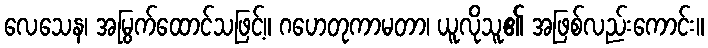
လေသေန၊ အမြွက်ထောင်သဖြင့်။ ဂဟေတုကာမတာ၊ ယူလိုသူ၏ အဖြစ်လည်းကောင်း။